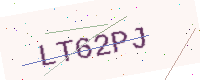
Text: LT62PJ